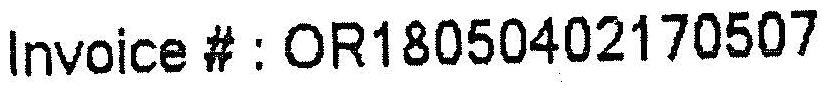
INVOICE # : OR18050402170507